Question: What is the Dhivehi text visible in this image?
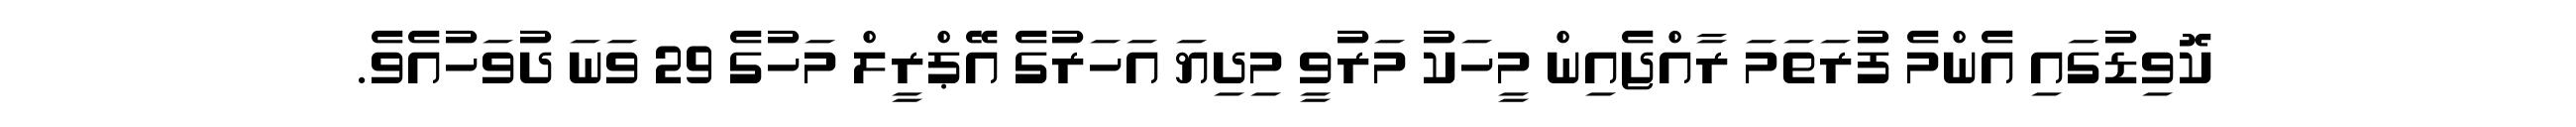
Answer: ކޮވިޑުގައި އެންމެ ފުރަތަމަ ރާއްޖެއިން މީހަކު މަރުވީ މިދިޔަ އަހަރުގެ އޭޕްރީލް މަހުގެ 29 ވަނަ ދުވަހުއެވެ.